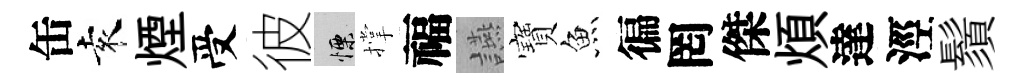
缶袁煙受彼慄撑福讌寶魚徧罔傑煩達涇鬚